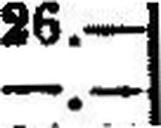
—.—